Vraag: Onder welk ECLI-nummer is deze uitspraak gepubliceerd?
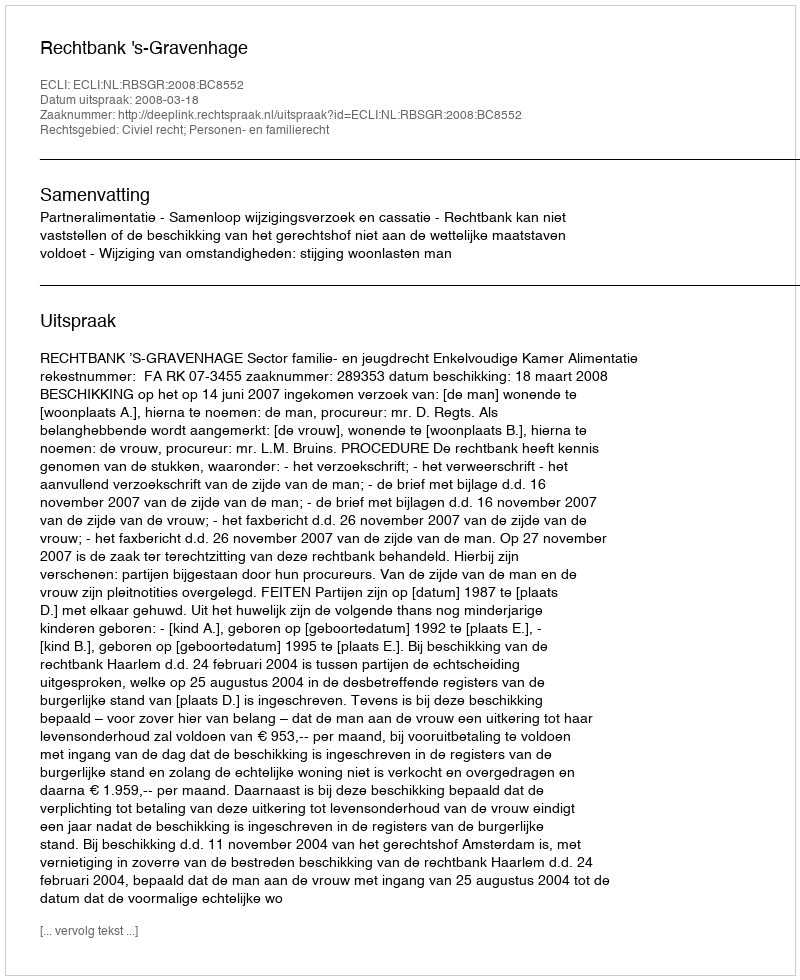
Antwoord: ECLI:NL:RBSGR:2008:BC8552